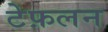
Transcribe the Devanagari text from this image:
टेफ़लन